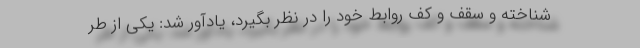
شناخته و سقف و کف روابط خود را در نظر بگیرد، یادآور شد: یکی از طر